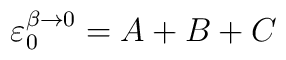
\varepsilon_0^{\beta \rightarrow 0} = A + B + C